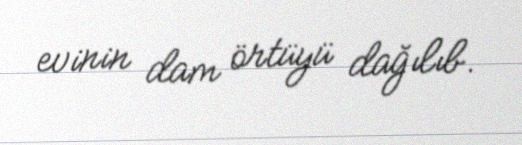
evinin dam örtüyü dağılıb.